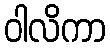
ဝါလိကာ